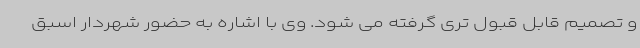
و تصمیم قابل قبول تری گرفته می شود. وی با اشاره به حضور شهردار اسبق